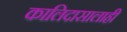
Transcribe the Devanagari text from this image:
कालिदासालाही